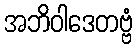
အဘိဝါဒေတဗ္ဗံ